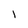
Character: 1